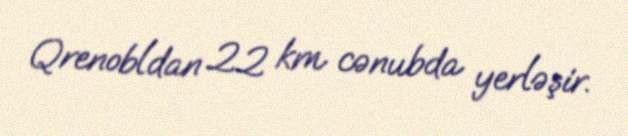
Qrenobldan 22 km cənubda yerləşir.